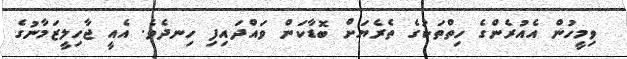
ވިމީހުން އެއުރެންގެ ހިތްތަކުގެ ތެރެޔަށް ބޮޑާކަން ވައްދައިފި ހިނދެވެ. އެއީ ޖާހިލީޒަމާނުގެ